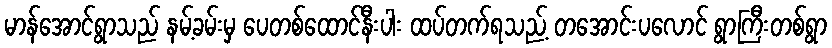
မာန်အောင်ရွာသည် နမ့်ခမ်းမှ ပေတစ်ထောင်နီးပါး ထပ်တက်ရသည့် တအောင်းပလောင် ရွာကြီးတစ်ရွာ